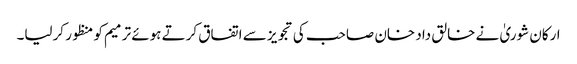
ارکان شوریٰ نے خالق داد خان صاحب کی تجویز سے اتفاق کرتے ہوئے ترمیم کو منظور کرلیا۔